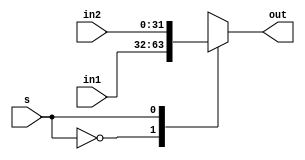
`timescale 1ns / 1ps

module mux2To1(
    input [31:0] in1, in2,
    output reg [31:0] out,
    input s
    );
    always @(*) begin 
        case(s)
        1'b0: out <= in1;
        1'b1: out <= in2;
        default: out <= 32'b0;
        endcase
    end
endmodule